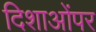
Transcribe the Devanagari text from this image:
दिशाओंपर